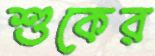
শুকের